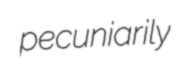
pecuniarily